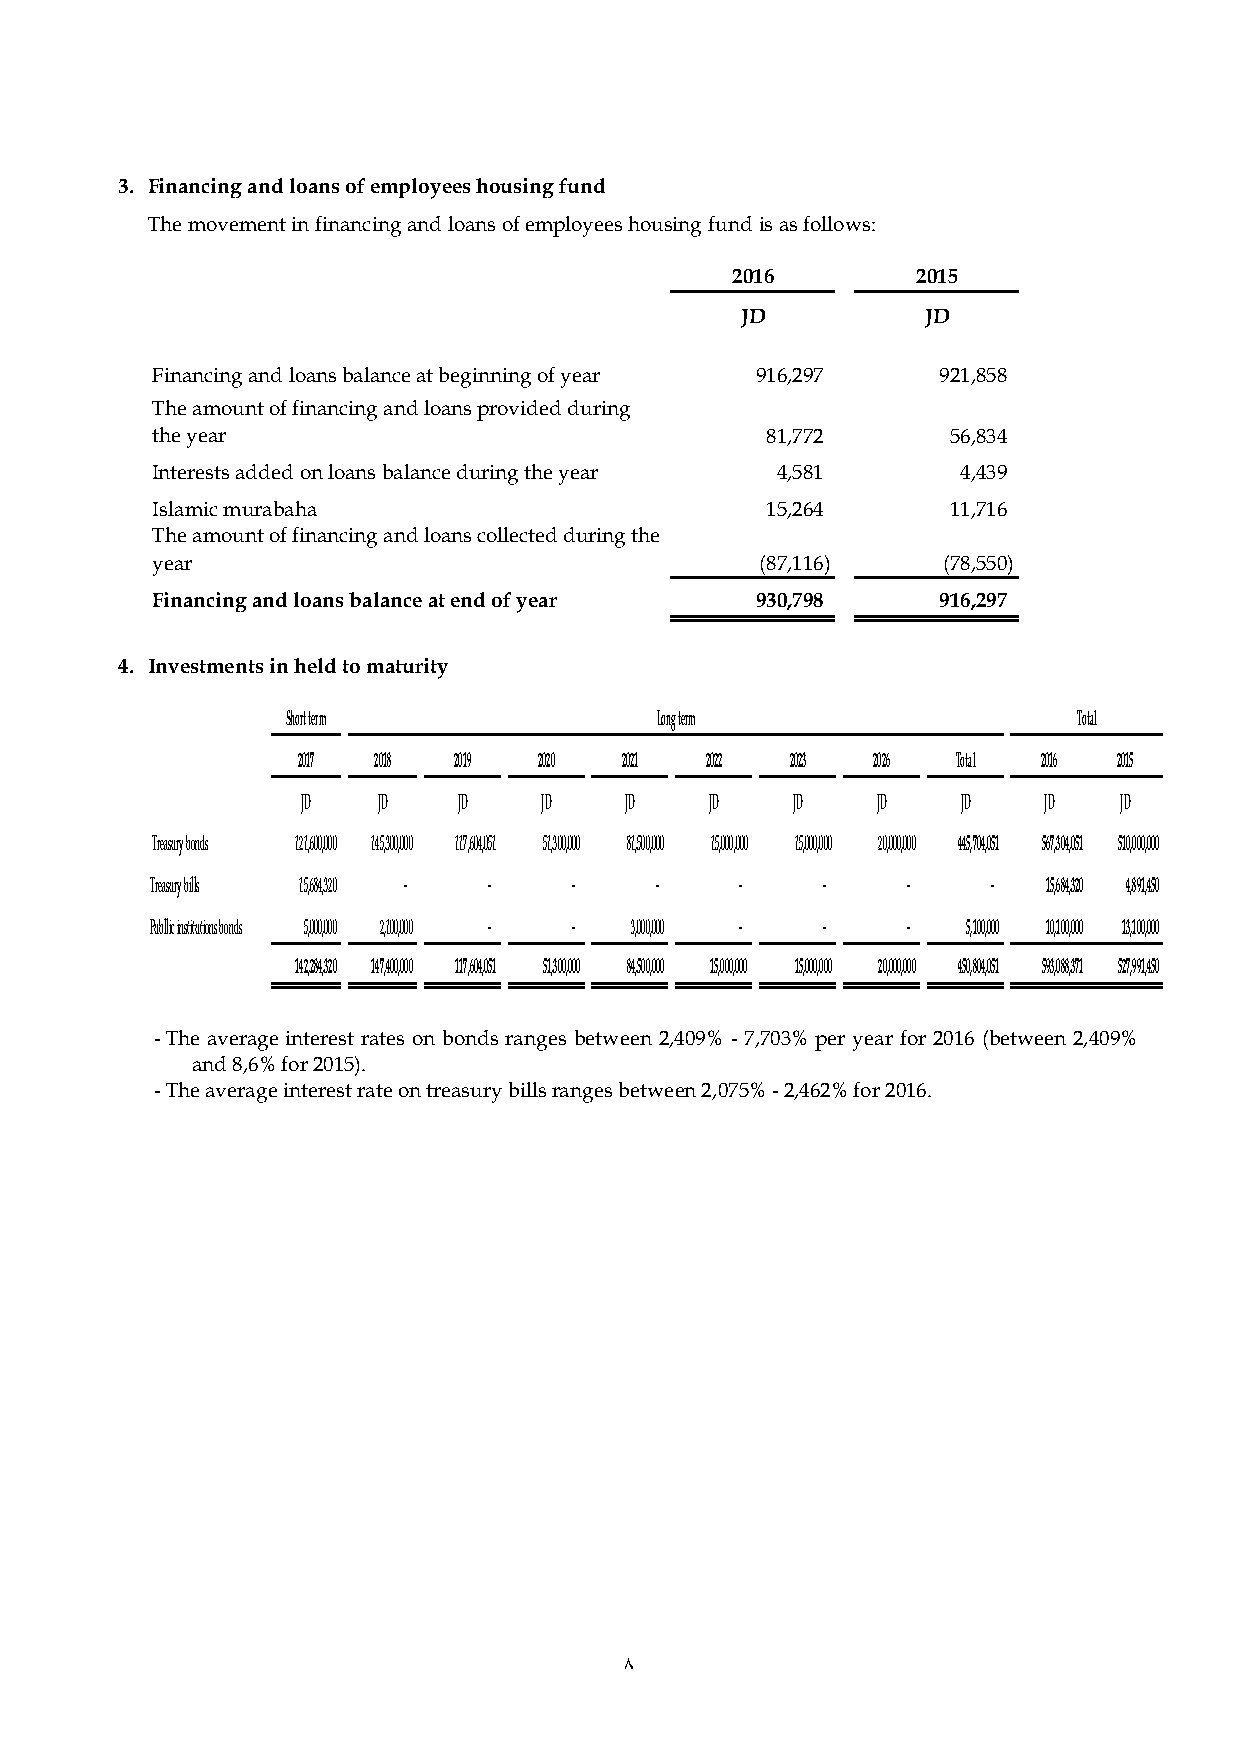
3. Financing and loans of employees housing fund
 The movement in financing and loans of employees housing fund is as follows:
 2016         2015
 JD          JD
 Financing and loans balance at beginning of year 9 16,297 9 21,858
 The amount of financing and loans provided during
 the year                                 8 1,772     5 6,834
 Interests added on loans balance during the year 4 ,581 4 ,439
 Islamic murabaha                         1 5,264     1 1,716
 The amount of financing and loans collected during the
 year                                    ( 87,116)   ( 78,550)
 Financing and loans balance at end of year 9 30,798 9 16,297
 4. Investments in held to maturity
 Short term              Long term                   Total
 2017 2018 2019  2020 2021  2022 2023  2026 Total 2016 2015
 JD   JD   JD    JD   JD    JD   JD    JD    JD   JD   JD
 Treasury bonds 121,600,000 145,300,000 117,604,051 51,300,000 81,500,000 15,000,000 15,000,000 20,000,000 445,704,051 567,304,051 510,000,000
 Treasury bills 15,684,320 - - -  -     -    -     -     -  15,684,320 4,891,450
 Publlic institutions bonds 5,000,000 2,100,000 - - 3,000,000 - - - 5,100,000 10,100,000 13,100,000
 142,284,320 147,400,000 117,604,051 51,300,000 84,500,000 1 5,000,000 15,000,000 20,000,000 450,804,051 593,088,371 527,991,450
 - The average interest rates on bonds ranges between 2,409% - 7,703% per year for 2016 (between 2,409%
 and 8,6% for 2015).
 - The average interest rate on treasury bills ranges between 2,075% - 2,462% for 2016.
 8